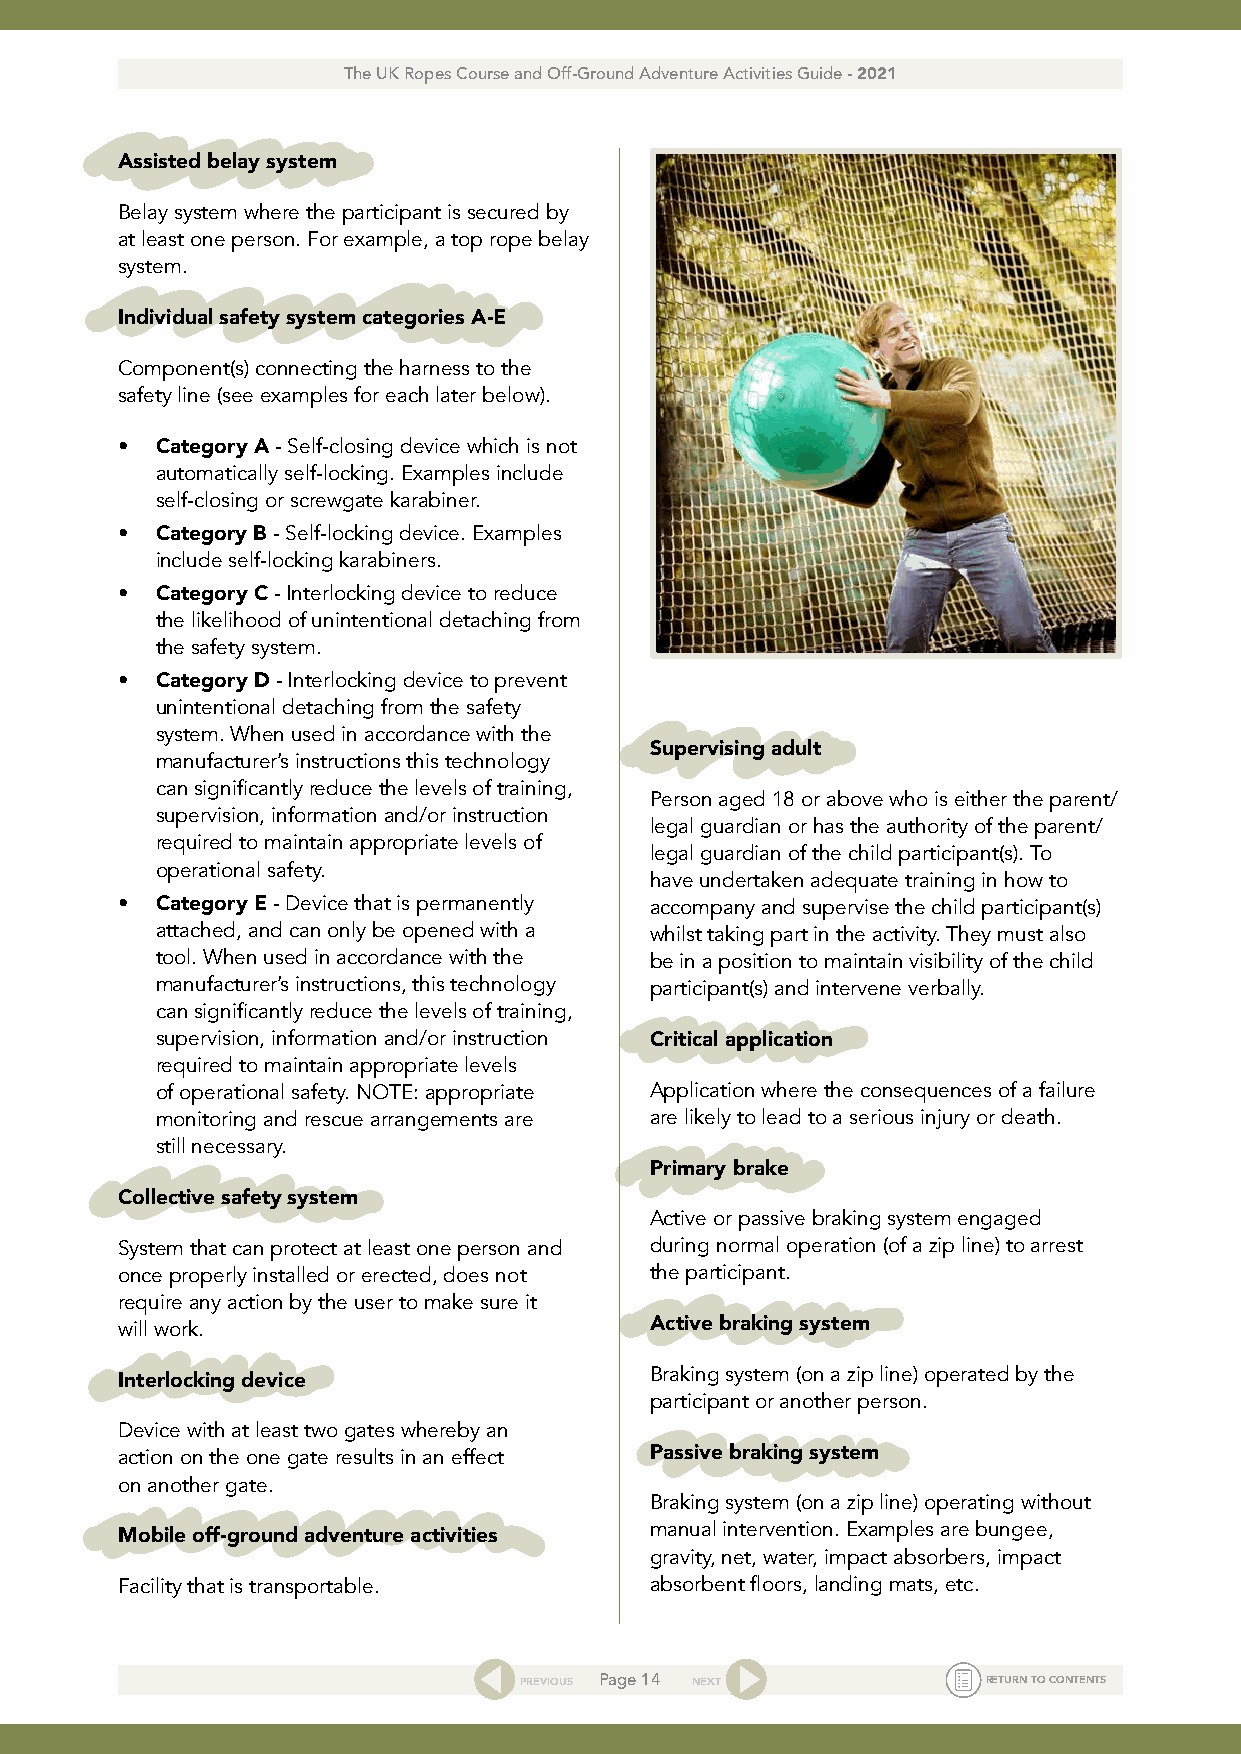
The UK Ropes Course and Off-Ground Adventure Activities Guide - 2021
 Assisted belay system
 Belay system where the participant is secured by
 at least one person. For example, a top rope belay
 system.
 Individual safety system categories A-E
 Component(s) connecting the harness to the
 safety line (see examples for each later below).
 • Category A - Self-closing device which is not
 automatically self-locking. Examples include
 self-closing or screwgate karabiner.
 • Category B - Self-locking device. Examples
 include self-locking karabiners.
 • Category C - Interlocking device to reduce
 the likelihood of unintentional detaching from
 the safety system.
 • Category D - Interlocking device to prevent
 unintentional detaching from the safety
 system. When used in accordance with the
 Supervising adult
 manufacturer’s instructions this technology
 can significantly reduce the levels of training,
 Person aged 18 or above who is either the parent/
 supervision, information and/or instruction
 legal guardian or has the authority of the parent/
 required to maintain appropriate levels of
 legal guardian of the child participant(s). To
 operational safety.
 have undertaken adequate training in how to
 • Category E - Device that is permanently accompany and supervise the child participant(s)
 attached, and can only be opened with a whilst taking part in the activity. They must also
 tool. When used in accordance with the be in a position to maintain visibility of the child
 manufacturer’s instructions, this technology participant(s) and intervene verbally.
 can significantly reduce the levels of training,
 supervision, information and/or instruction Critical application
 required to maintain appropriate levels
 of operational safety. NOTE: appropriate Application where the consequences of a failure
 monitoring and rescue arrangements are are likely to lead to a serious injury or death.
 still necessary.
 Primary brake
 Collective safety system
 Active or passive braking system engaged
 System that can protect at least one person and during normal operation (of a zip line) to arrest
 once properly installed or erected, does not the participant.
 require any action by the user to make sure it
 will work.                         Active braking system
 Braking system (on a zip line) operated by the
 Interlocking device
 participant or another person.
 Device with at least two gates whereby an
 action on the one gate results in an effect Passive braking system
 on another gate.
 Braking system (on a zip line) operating without
 manual intervention. Examples are bungee,
 Mobile off-ground adventure activities
 gravity, net, water, impact absorbers, impact
 Facility that is transportable.    absorbent floors, landing mats, etc.
 PREVIOUS Page 14 NEXT          RETURN TO CONTENTS